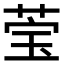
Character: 𬝄